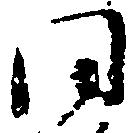
同